NAE_ERA_R-30_Eesti_Riiklik_Spordiamet, lk 10
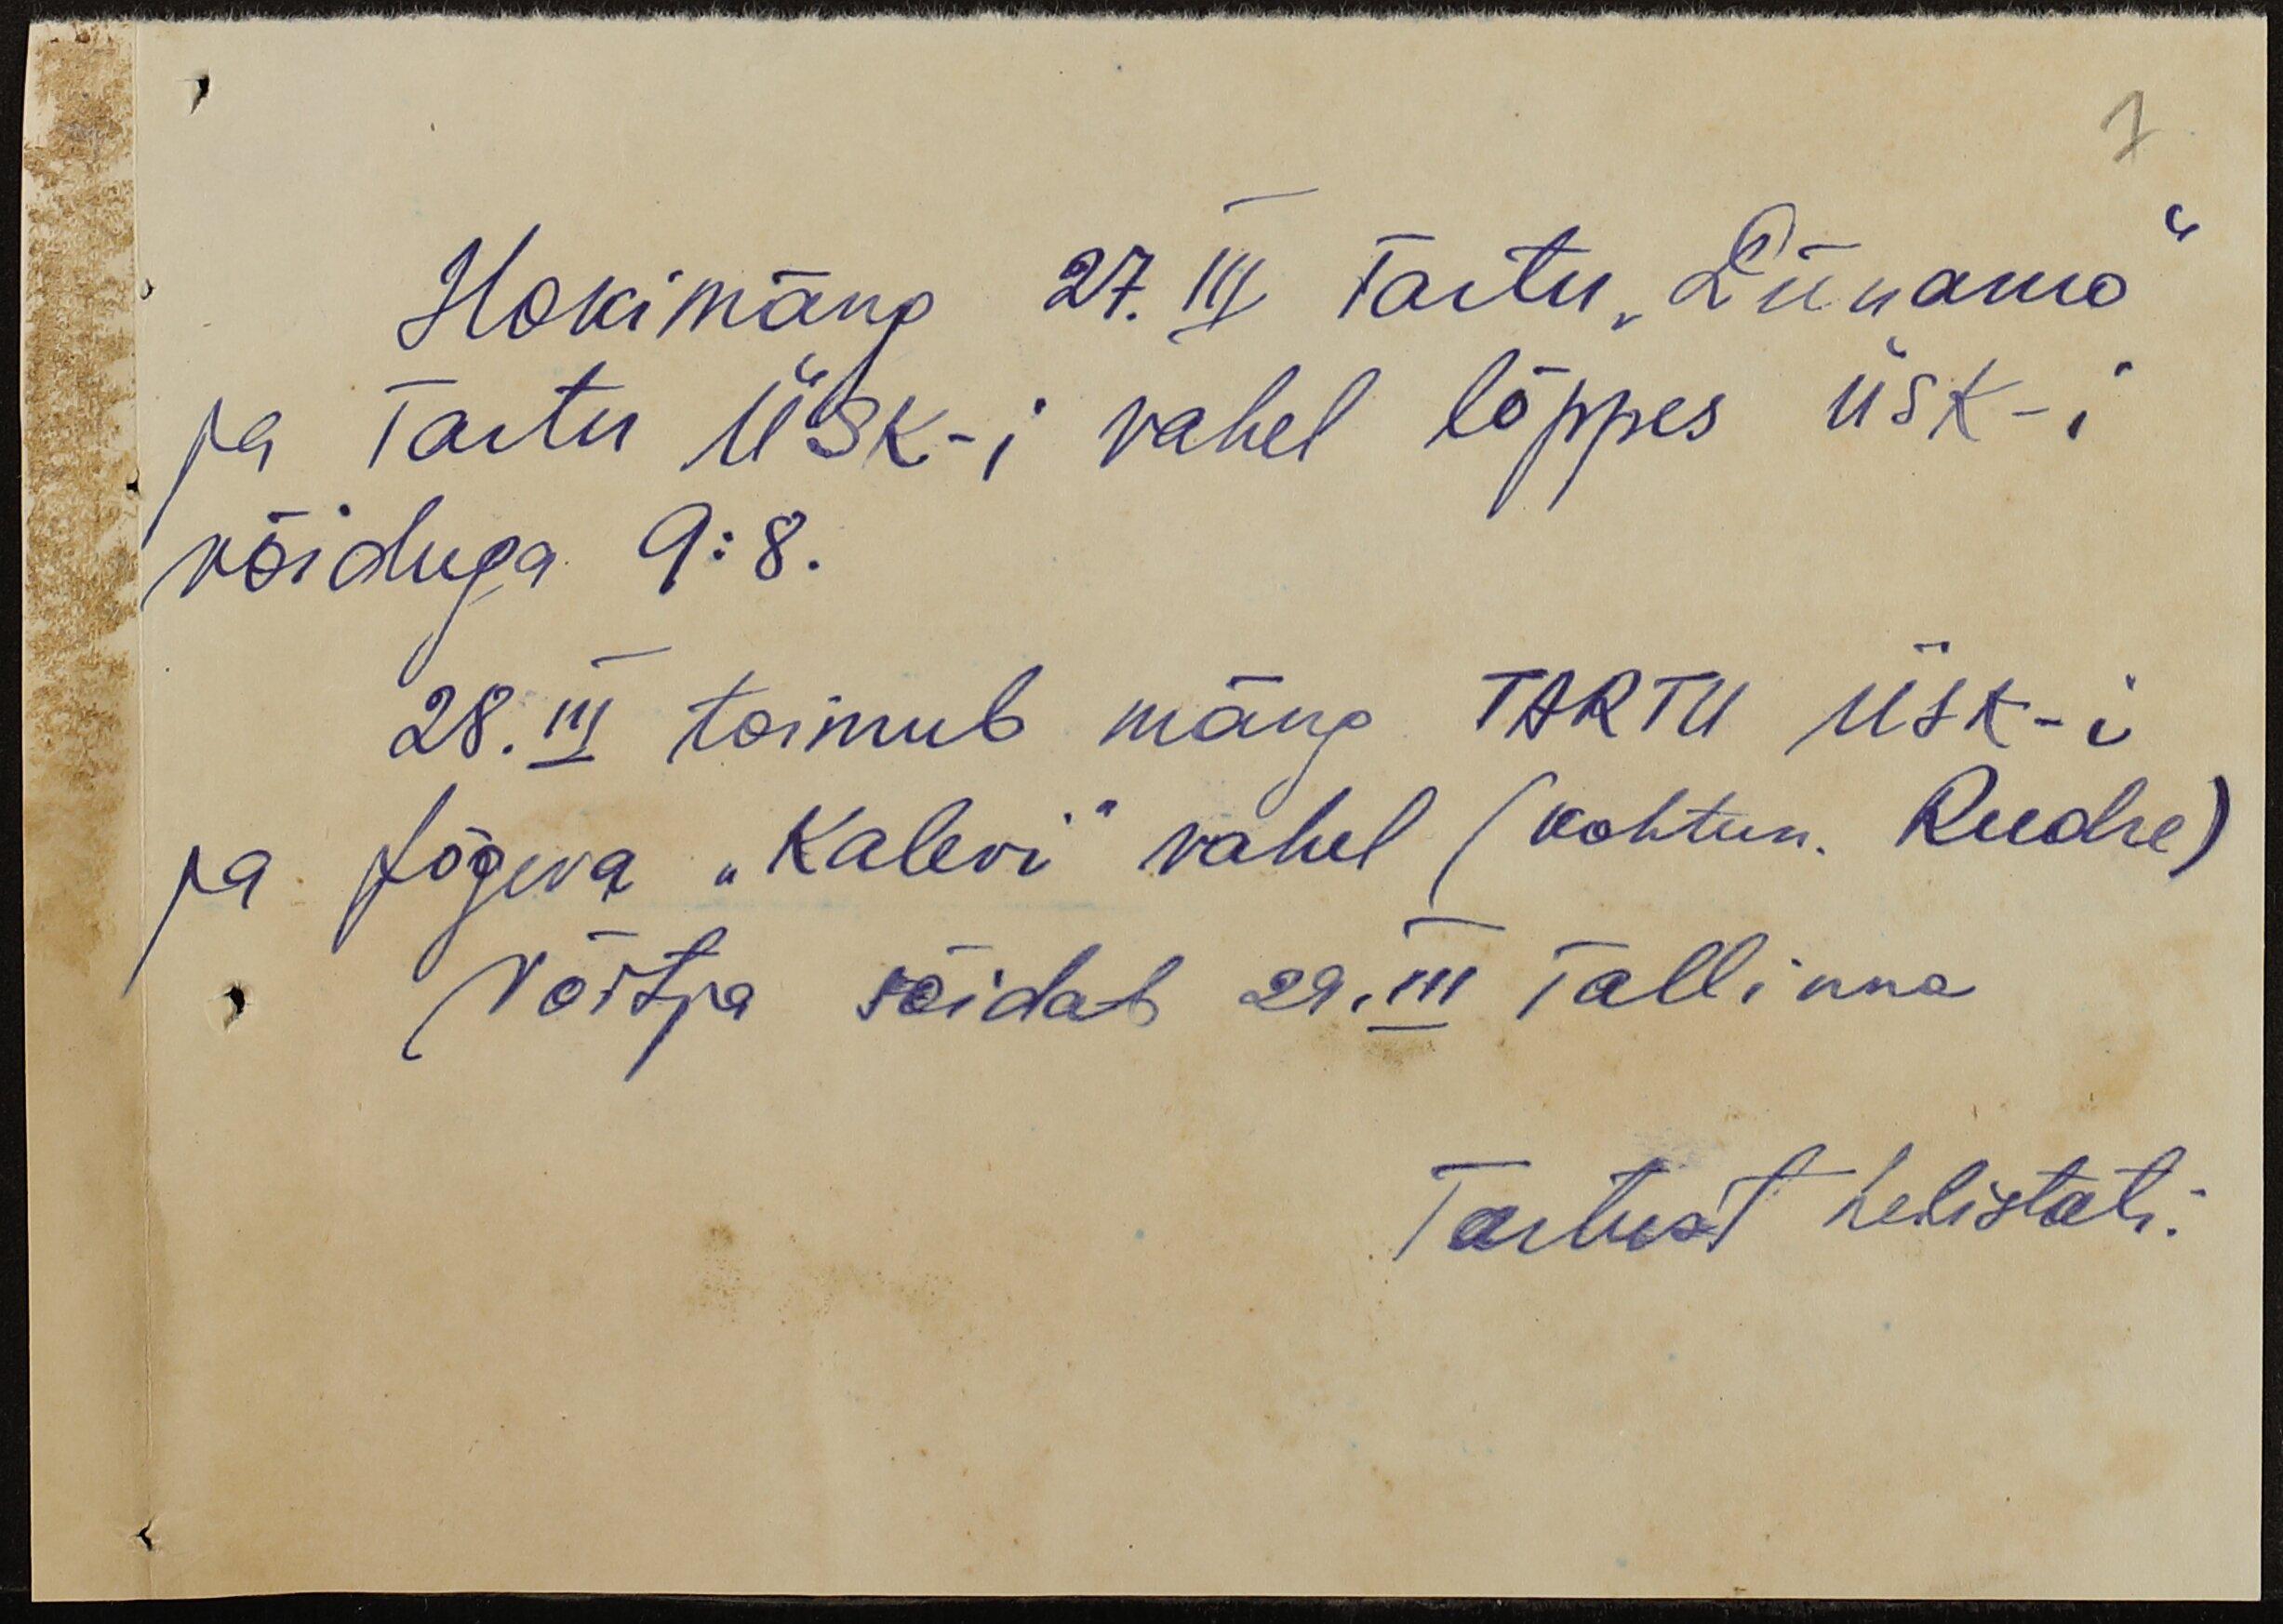
Hokimäng 27. III Tartu "Dünamo"
ja Tartu ÜSK-i vahel lõppes ÜSK-i
võiduga 9:8.
28. III toimub mäng TARTU ÜSK-i
ja Jõgeva "Kalevi" vahel (kohtun. Reedre)
Võitja sõidab 29. III Tallinna
Tartust helistati.